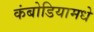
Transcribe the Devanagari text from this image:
कंबोडियामधे